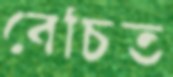
বেচিত